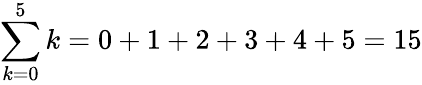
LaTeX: \sum_{k=0}^{5}k=0+1+2+3+4+5=15